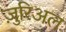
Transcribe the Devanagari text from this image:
ज़ुरिअल